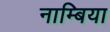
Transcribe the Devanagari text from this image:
नाम्बिया